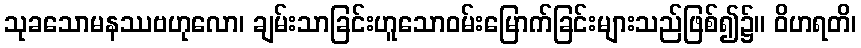
သုခသောမနဿဗဟုလော၊ ချမ်းသာခြင်းဟူသောဝမ်းမြောက်ခြင်းများသည်ဖြစ်၍၌။ ဝိဟရတိ၊